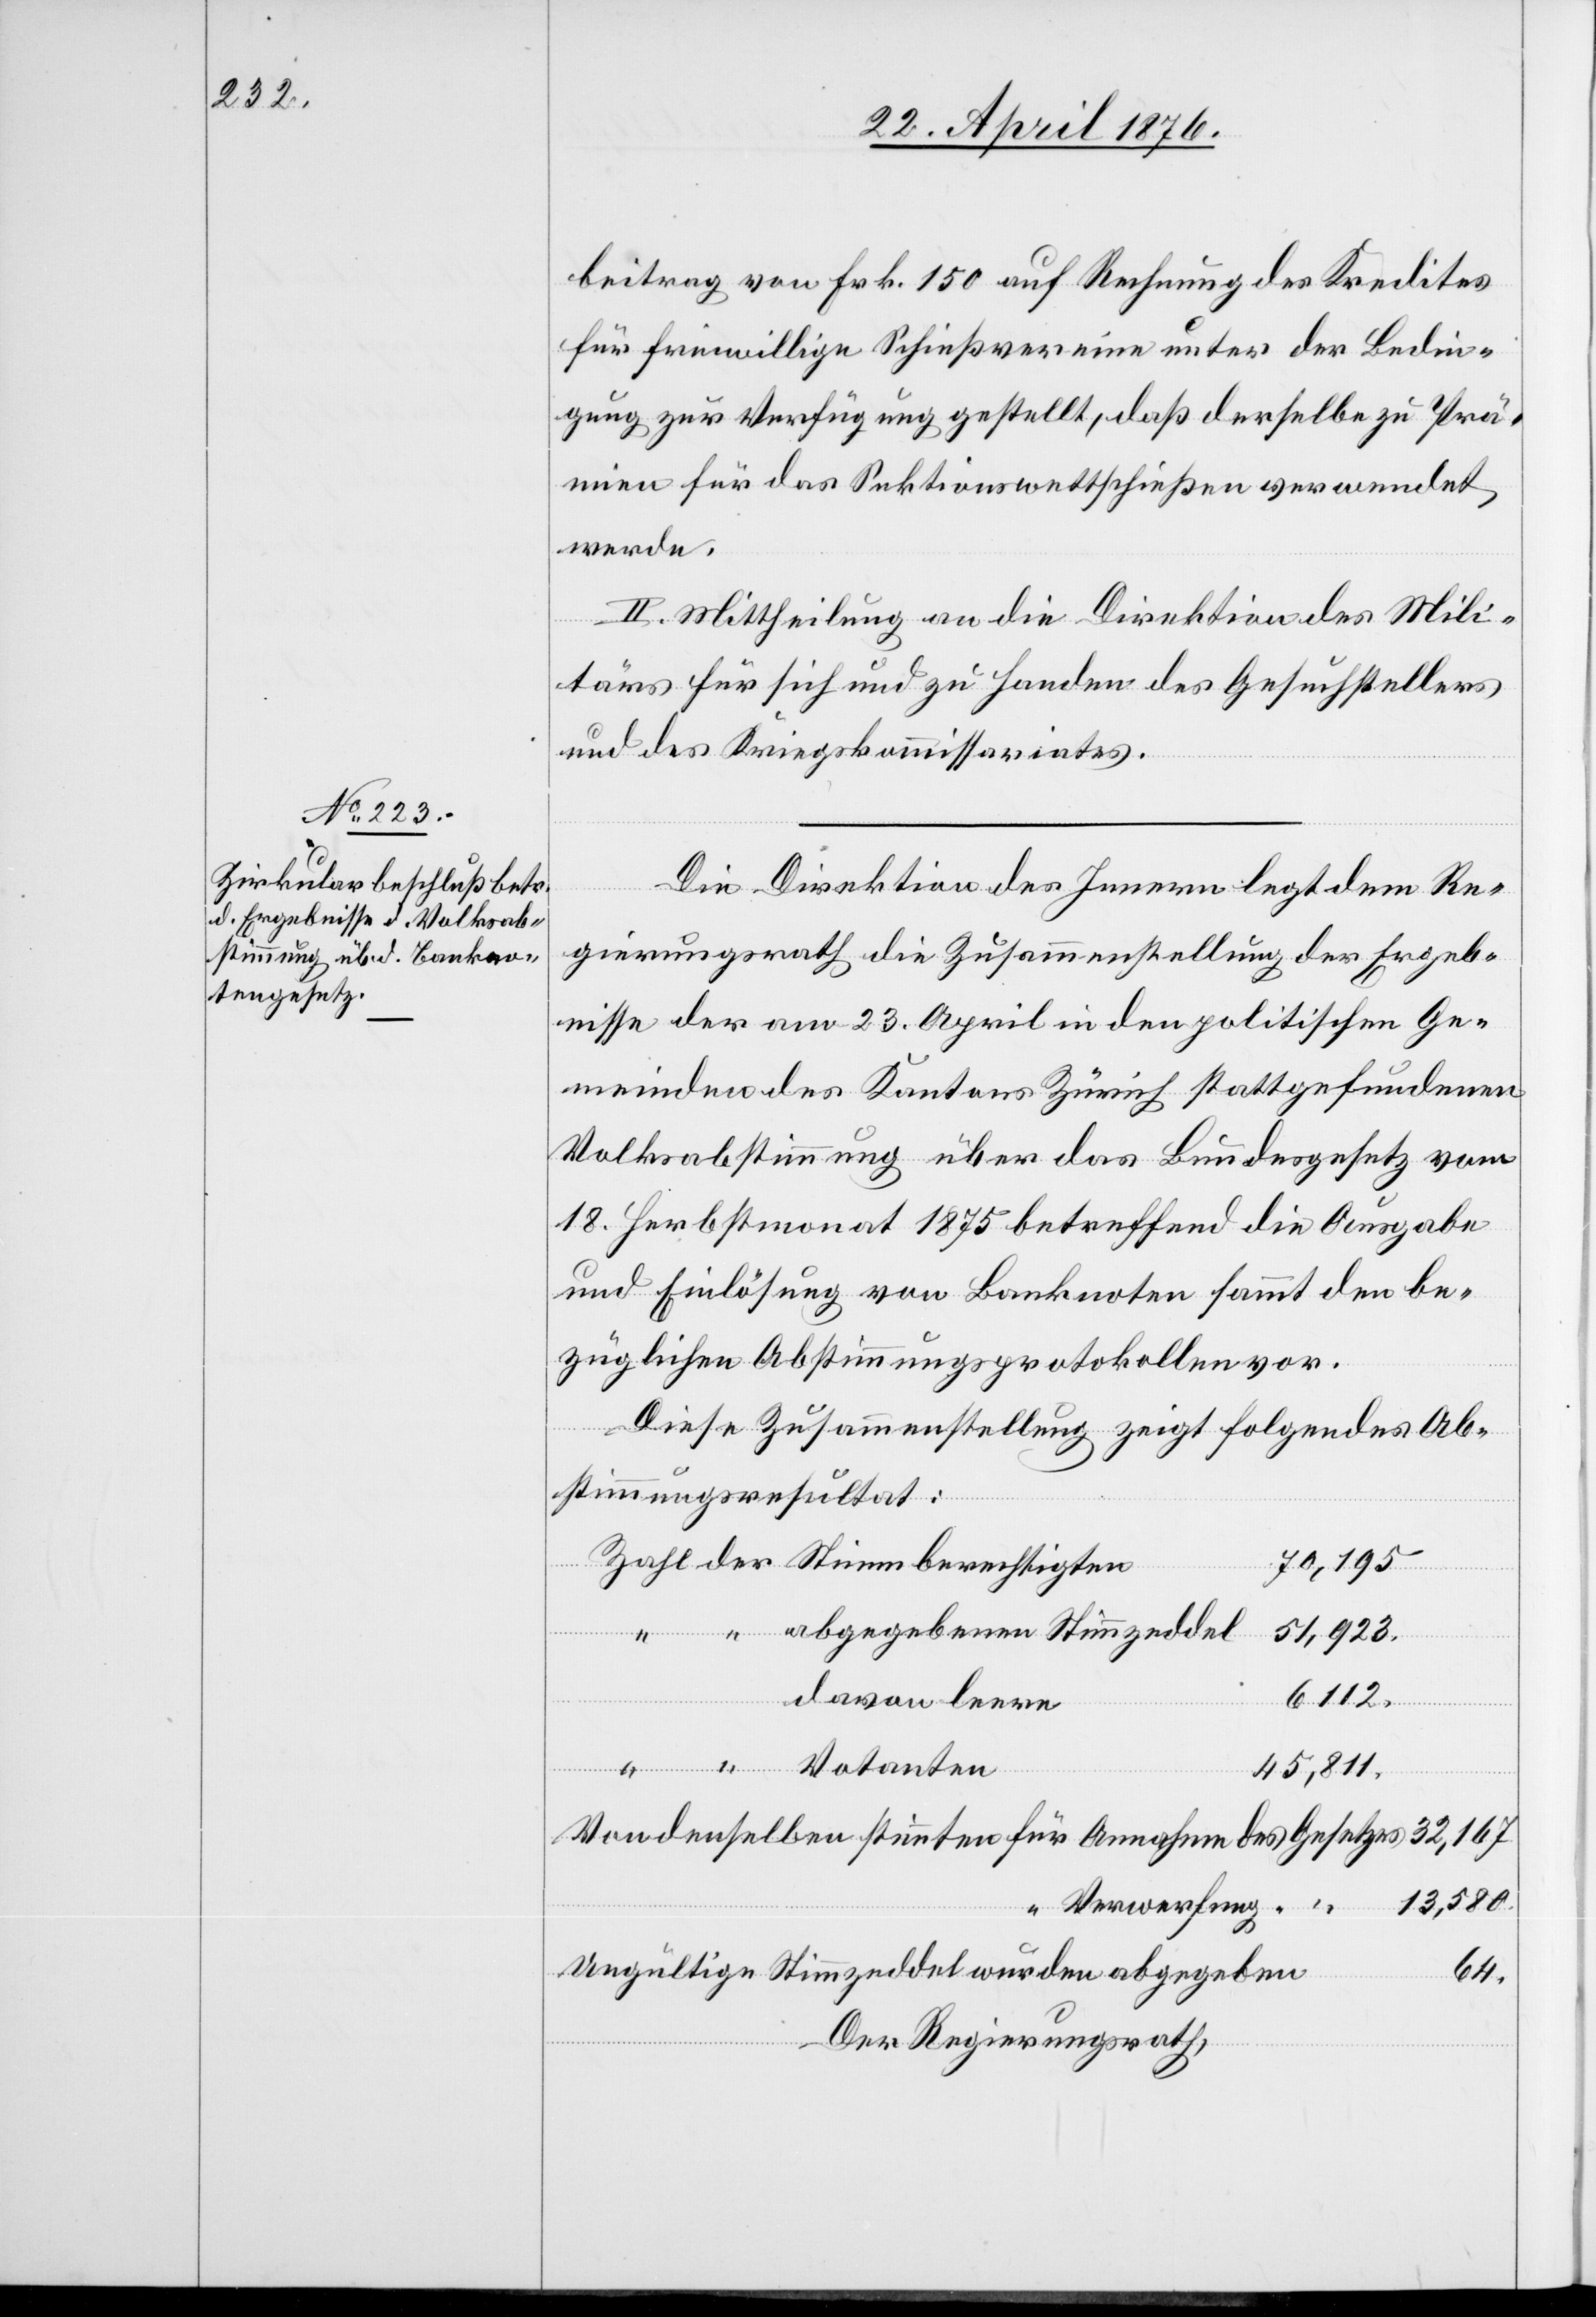
27. April 1876.]
beitrag von Frk. 150 auf Rechnung des Kredites
für freiwillige Schießvereine unter der Bedin¬
gung zur Verfügung gestellt, daß derselbe zu Prä¬
mien für das Sektionswettschießen verwendet
werde.
II. Mittheilung an die Direktion des Mili¬
tärs für sich und zu Handen des Gesuchstellers
und des Kreiskommissariates.
Die Direktion des Innern legt dem Re¬
gierungsrath die Zusammenstellung der Ergeb¬
nisse der am 23. April in den politischen Ge¬
meinden des Kantons Zürich stattgefundenen
Volksabstimmung über das Bundesgesetz vom
18. Herbstmonat 1875 betreffend die Ausgabe
und Einlösung von Banknoten sammt den be¬
züglichen Abstimmungsprotokollen vor.
Diese Zusammenstellung zeigt folgendes Ab¬
stimmungsresultat:
70,195
6112.
davon leere
45,811.
13,580.
Verwerfung
64.
Der Regierungsrath,